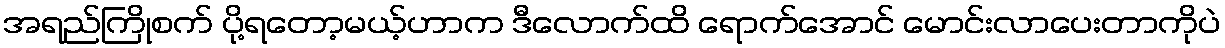
အရည်ကြိုစက် ပို့ရတော့မယ့်ဟာက ဒီလောက်ထိ ရောက်အောင် မောင်းလာပေးတာကိုပဲ